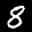
Label: 8